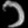
Digit: ၁